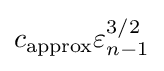
c_{\text{approx}}\varepsilon _{n-1}^{3/2}